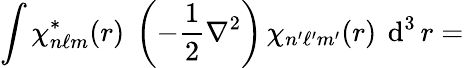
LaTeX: \int\chi_{n\ell m}^{*}(r)~\left(-{\frac{1}{2}}\nabla^{2}\right)\, \chi_{n^{\prime}\ell^{\prime}m^{\prime}}(r)~\operatorname{d}^{3}r=